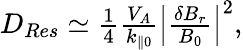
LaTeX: \begin{array}{r}{D_{Res}\simeq\frac{1}{4}\frac{V_{A}}{k_{\parallel 0}}\left\lvert\frac{\delta B_{r}}{B_{0}}\right\rvert^{2},}\end{array}